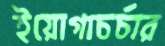
ইয়োগাচর্চার